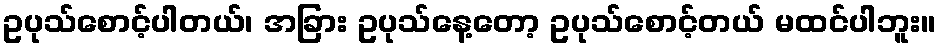
ဥပုသ်စောင့်ပါတယ်၊ အခြား ဥပုသ်နေ့တော့ ဥပုသ်စောင့်တယ် မထင်ပါဘူး။